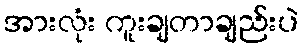
အားလုံး ကူးချတာချည်းပဲ